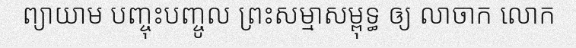
ព្យាយាម បញ្ចុះបញ្ចូល ព្រះសម្មាសម្ពុទ្ធ ឲ្យ លាចាក លោក